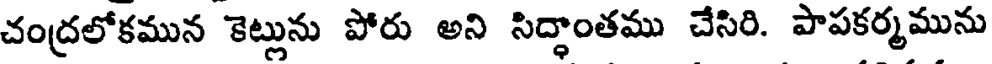
చంద్రలోకమున కెట్లును పోరు అని సిద్ధాంతము చేసిరి. పాపకర్మమును